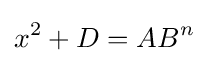
x^{2}+D=AB^{n}